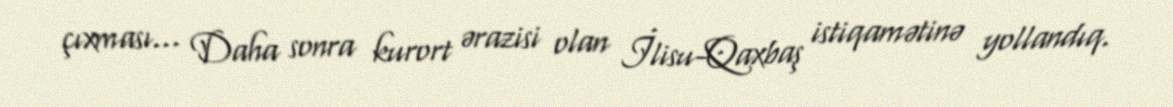
çıxması... Daha sonra kurort ərazisi olan İlisu-Qaxbaş istiqamətinə yollandıq.